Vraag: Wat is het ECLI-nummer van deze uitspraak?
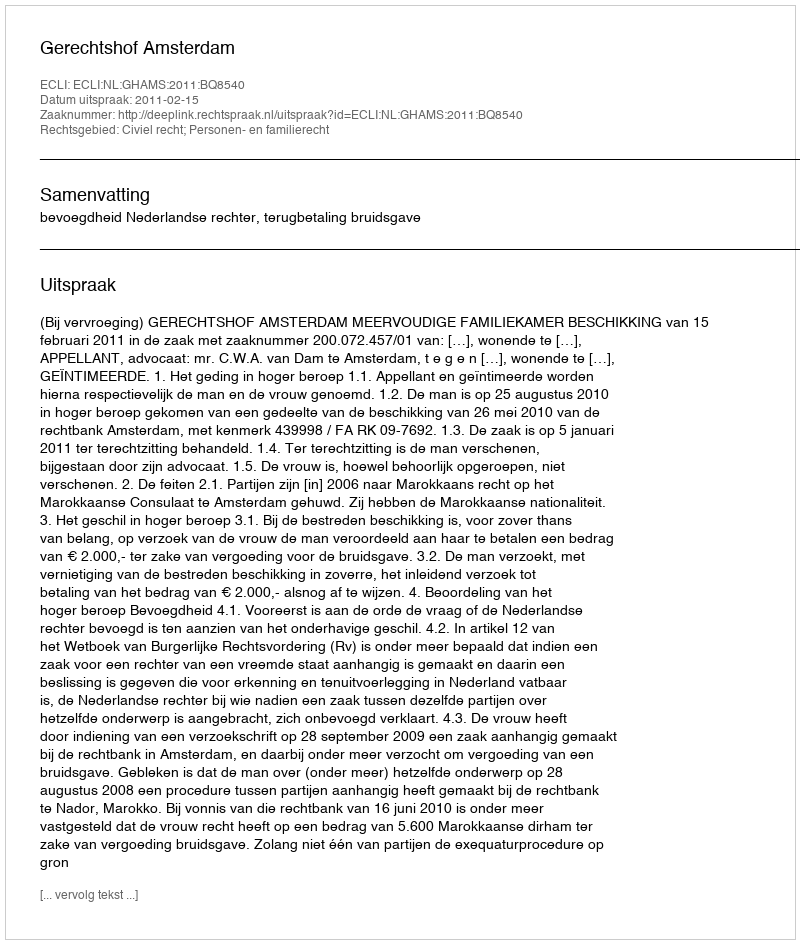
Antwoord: ECLI:NL:GHAMS:2011:BQ8540